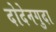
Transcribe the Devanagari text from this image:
दोदेनगुदा